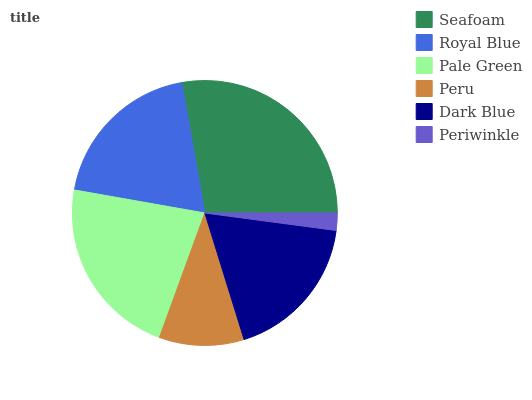
| Seafoam | Royal Blue | Pale Green | Peru | Dark Blue | Periwinkle |
 | --- | --- | --- | --- | --- | --- |
 | 27.8% | 19.4% | 22.3% | 10.3% | 18.1% | 2.1% |